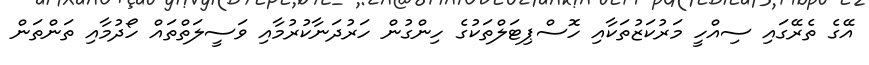
އޭގެ ތެރޭގައި ސިއްހީ މަރުކަޒުތަކާއި ހޮސްޕިޓަލްތަކުގެ ހިންގުން ހަރުދަނާކުރުމާއި ވަސީލަތްތައް ހޯދުމާއި ތަންތަން